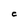
Character: C